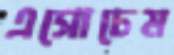
এসোচেম